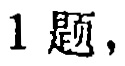
1 题，